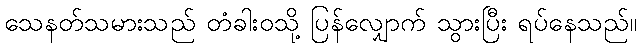
သေနတ်သမားသည် တံခါးဝသို့ ပြန်လျှောက် သွားပြီး ရပ်နေသည်။